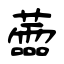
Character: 蘦